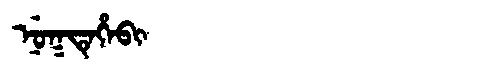
Manchu: ᠨᡠᡴᡨᡝᡥᡝᠪᡳ
Romanization: NUKTEHEBI